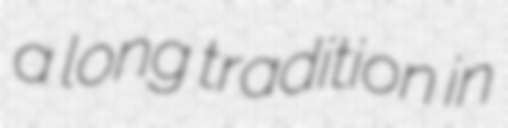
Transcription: a long tradition in